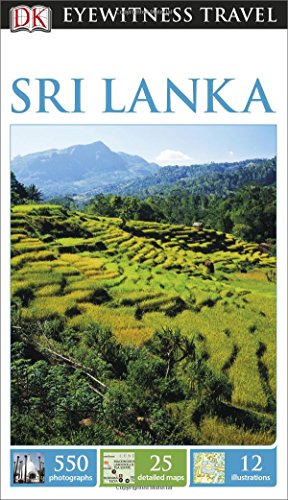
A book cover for DK Eyewitness Travel Guide: Sri Lanka; DK Publishing; Travel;